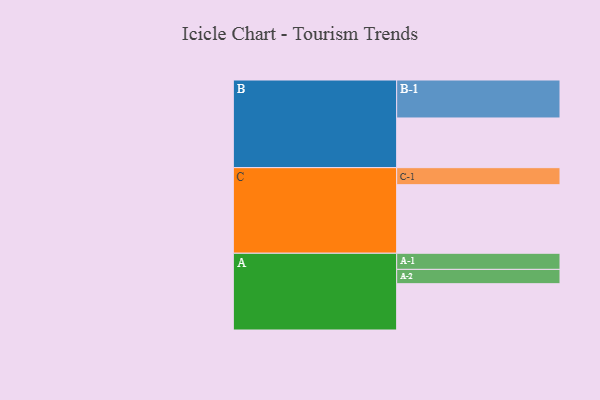
{"axis": {"x": "Segment", "y": "Value"}, "legend": ["", "A", "B", "C"], "data": [{"x": "A", "y": 356, "type": ""}, {"x": "B", "y": 382, "type": ""}, {"x": "C", "y": 527, "type": ""}, {"x": "A-1", "y": 124, "type": "A"}, {"x": "A-2", "y": 110, "type": "A"}, {"x": "B-1", "y": 292, "type": "B"}, {"x": "C-1", "y": 131, "type": "C"}]}